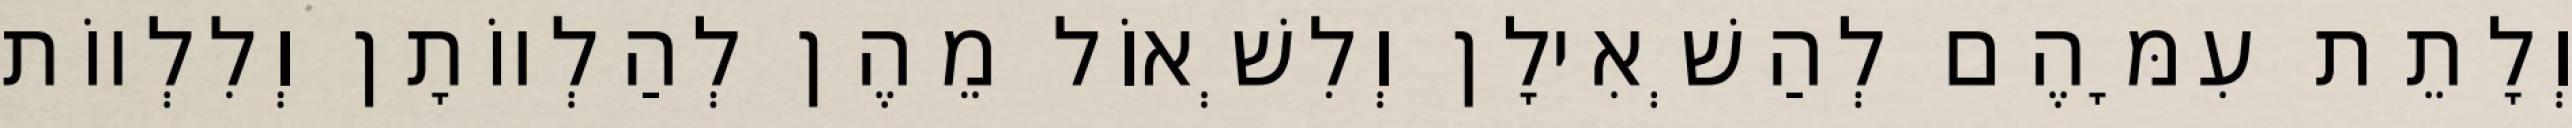
וְלָתֵת עִמָּהֶם לְהַשְׁאִילָן וְלִשְׁאוֹל מֵהֶן לְהַלְווֹתָן וְלִלְווֹת